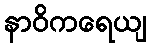
နာဝိကရေယျ